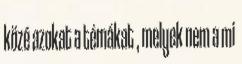
közé azokat a témákat , melyek nem a mi